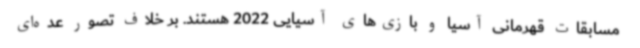
مسابقات قهرمانی آسیا و بازی‌های آسیایی 2022 هستند. بر خلاف تصور عده‌ای